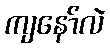
ကျနော်လဲ